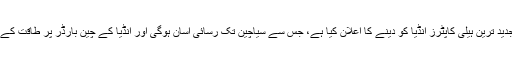
یہی وجہ ہے کہ ٹرمپ نے تین ارب ڈالر مالیت کے جدید ترین ہیلی کاپٹرز انڈیا کو دینے کا اعلان کیا ہے، جس سے سیاچین تک رسائی آسان ہوگی اور انڈیا کے چین بارڈر پر طاقت کے توازن کو انڈیا کی طرف کرنے میں پیش رفت ہوگی۔